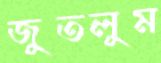
জুতলুম